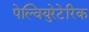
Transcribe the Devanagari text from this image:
पेल्वियुरेटेरिक